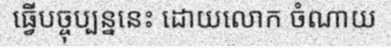
ធ្វើបច្ចុប្បន្ននេះ ដោយលោក ចំណាយ